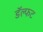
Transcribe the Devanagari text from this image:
डॅल्फट